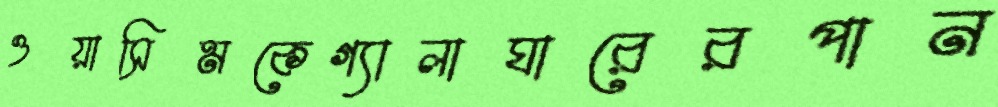
ওয়াসিমকেগ্যালাঘারেরপান